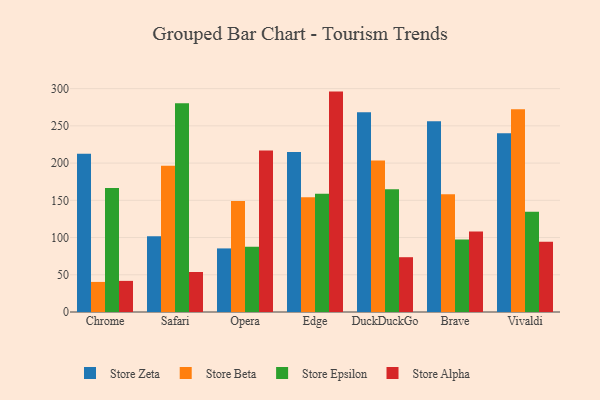
{"axis": {"x": "Browser", "y": "Net Income (USD K)"}, "legend": ["Store Alpha", "Store Beta", "Store Epsilon", "Store Zeta"], "data": [{"x": "Chrome", "y": 212.5, "type": "Store Zeta"}, {"x": "Chrome", "y": 40.4, "type": "Store Beta"}, {"x": "Chrome", "y": 166.4, "type": "Store Epsilon"}, {"x": "Chrome", "y": 41.8, "type": "Store Alpha"}, {"x": "Safari", "y": 101.7, "type": "Store Zeta"}, {"x": "Safari", "y": 196.3, "type": "Store Beta"}, {"x": "Safari", "y": 280.4, "type": "Store Epsilon"}, {"x": "Safari", "y": 53.7, "type": "Store Alpha"}, {"x": "Opera", "y": 85.4, "type": "Store Zeta"}, {"x": "Opera", "y": 149.2, "type": "Store Beta"}, {"x": "Opera", "y": 87.6, "type": "Store Epsilon"}, {"x": "Opera", "y": 217.0, "type": "Store Alpha"}, {"x": "Edge", "y": 214.8, "type": "Store Zeta"}, {"x": "Edge", "y": 154.0, "type": "Store Beta"}, {"x": "Edge", "y": 158.9, "type": "Store Epsilon"}, {"x": "Edge", "y": 296.0, "type": "Store Alpha"}, {"x": "DuckDuckGo", "y": 268.1, "type": "Store Zeta"}, {"x": "DuckDuckGo", "y": 203.6, "type": "Store Beta"}, {"x": "DuckDuckGo", "y": 165.0, "type": "Store Epsilon"}, {"x": "DuckDuckGo", "y": 73.6, "type": "Store Alpha"}, {"x": "Brave", "y": 256.2, "type": "Store Zeta"}, {"x": "Brave", "y": 158.1, "type": "Store Beta"}, {"x": "Brave", "y": 97.3, "type": "Store Epsilon"}, {"x": "Brave", "y": 108.0, "type": "Store Alpha"}, {"x": "Vivaldi", "y": 239.9, "type": "Store Zeta"}, {"x": "Vivaldi", "y": 272.3, "type": "Store Beta"}, {"x": "Vivaldi", "y": 134.5, "type": "Store Epsilon"}, {"x": "Vivaldi", "y": 94.4, "type": "Store Alpha"}]}